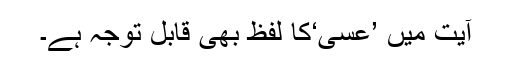
آیت میں ’عَسٰی‘کا لفظ بھی قابل توجہ ہے۔